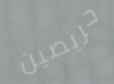
حريصين